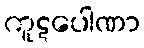
ကူဋပေါဏာ